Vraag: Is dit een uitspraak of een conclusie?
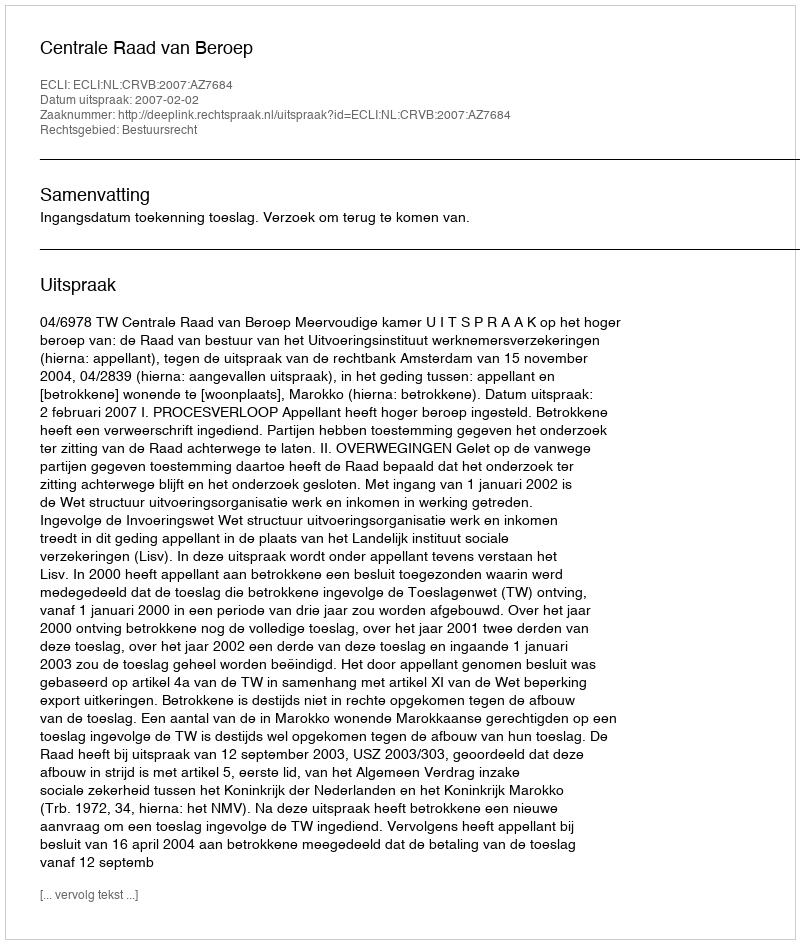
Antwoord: Uitspraak